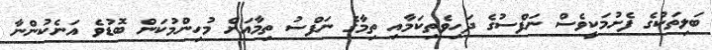
ބަލިތަކުގެ ފެށުމަކީވެސް ނަފްސުގެ ދަހިވެތިކަމާއި ތިމާގެ ނަފްސު ތިމާއަށް މުހިންމުކަން ބޮޑުވެ އަނެކުންނާ